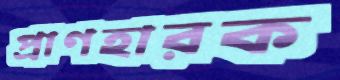
প্রাণহারক